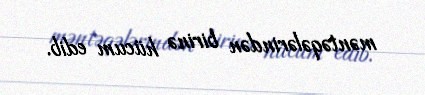
məntəqələrindən birinə hücum edib.